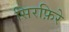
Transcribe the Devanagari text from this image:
सिरफ़िरे